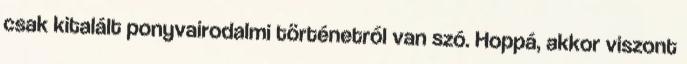
csak kitalált ponyvairodalmi történetről van szó. Hoppá, akkor viszont